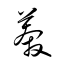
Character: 莽